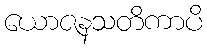
ယောဇနသတိကာပိ